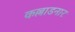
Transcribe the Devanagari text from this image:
कल्लाडनार